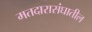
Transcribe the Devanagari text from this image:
मतदारासंघातील